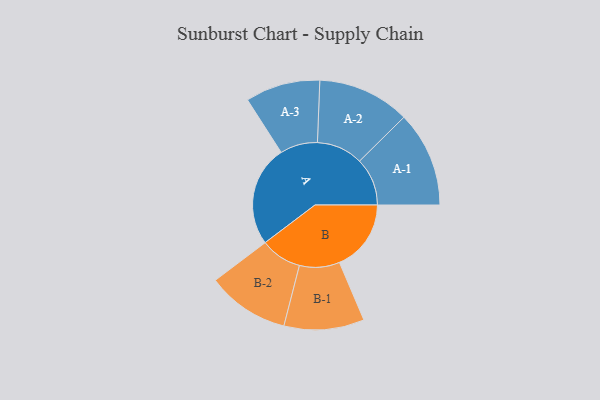
{"axis": {"x": "Segment", "y": "Value"}, "legend": ["", "A", "B"], "data": [{"x": "A", "y": 448, "type": ""}, {"x": "B", "y": 318, "type": ""}, {"x": "A-1", "y": 212, "type": "A"}, {"x": "A-2", "y": 205, "type": "A"}, {"x": "A-3", "y": 166, "type": "A"}, {"x": "B-1", "y": 178, "type": "B"}, {"x": "B-2", "y": 183, "type": "B"}]}